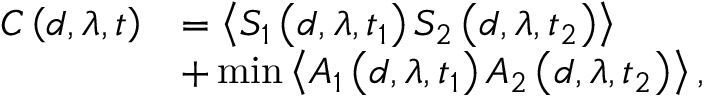
\begin{array} { r l } { C \left( d , \lambda , t \right) } & { = \left\langle S _ { 1 } \left( d , \lambda , t _ { 1 } \right) S _ { 2 } \left( d , \lambda , t _ { 2 } \right) \right\rangle } \\ & { + \operatorname* { m i n } \left\langle A _ { 1 } \left( d , \lambda , t _ { 1 } \right) A _ { 2 } \left( d , \lambda , t _ { 2 } \right) \right\rangle , } \end{array}